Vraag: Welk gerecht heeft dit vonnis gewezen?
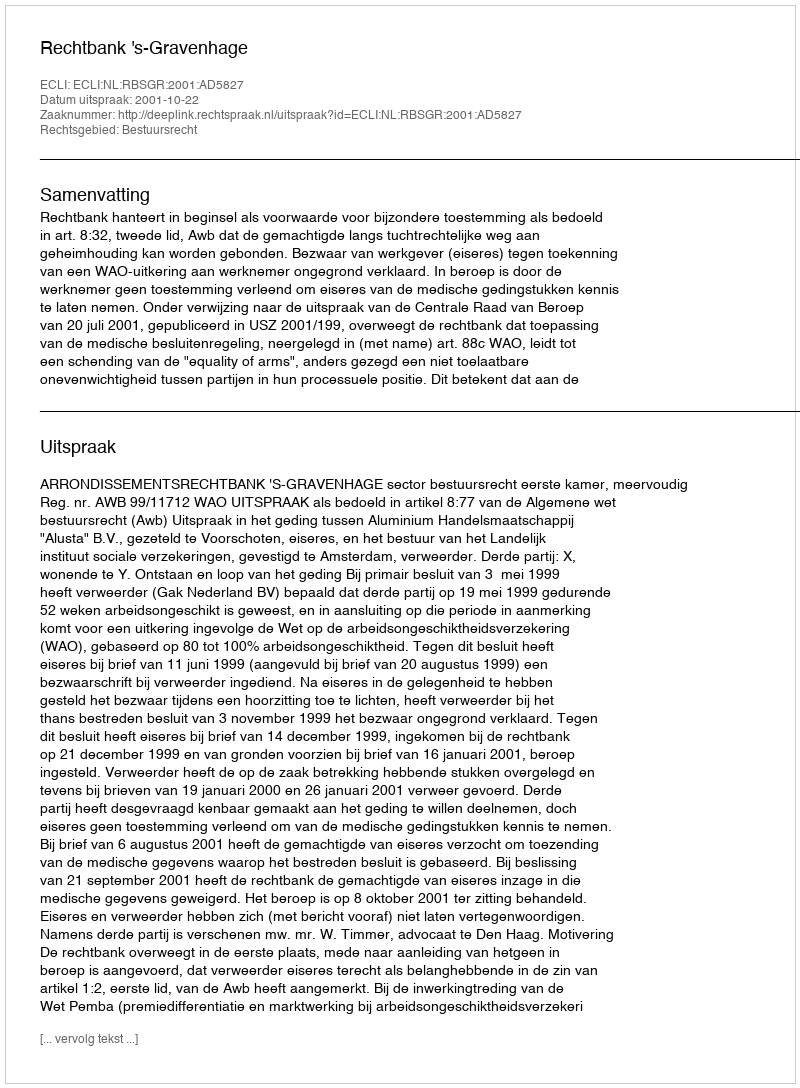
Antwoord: Rechtbank 's-Gravenhage